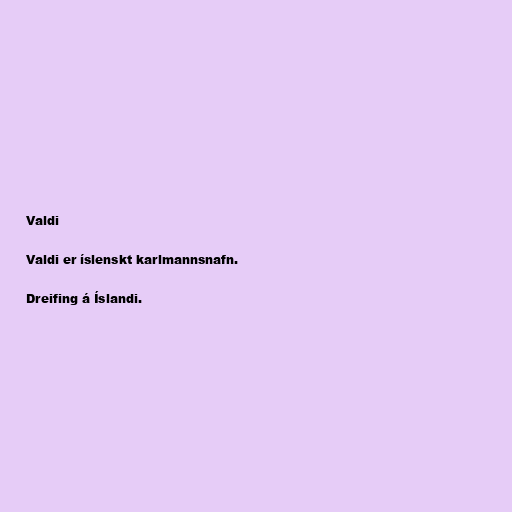
Valdi

Valdi er íslenskt karlmannsnafn.

Dreifing á Íslandi.